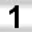
Digit: 1